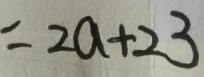
= 2 a + 2 3